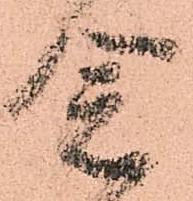
念